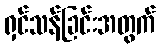
ရှင်သန်ခြင်းအတွက်